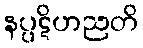
နပ္ပဋိဟညတိ